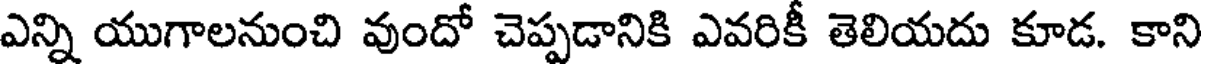
ఎన్ని యుగాలనుంచి వుందో చెప్పడానికి ఎవరికీ తెలియదు కూడ. కాని